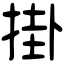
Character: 掛